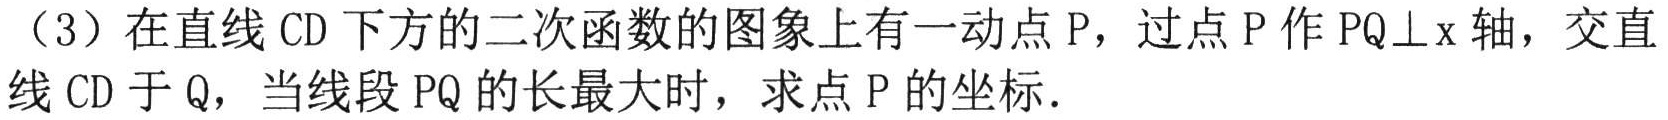
（3）在直线 CD 下方的二次函数的图象上有一动点 P，过点 P 作 PQ⊥x 轴，交直线 CD 于 Q，当线段 PQ 的长最大时，求点 P 的坐标．